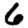
Digit: 6